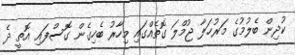
ކުދިން ބެލުމުގެ މަރުހަލާ ޖުމްލަ ގޮތެއްގައި މިހާރު ބެހިގެން ގޮސްފައި އޮތީ ދެ